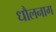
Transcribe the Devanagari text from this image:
धौलनाग